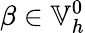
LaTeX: \beta\in\mathbb{V}_{h}^{0}